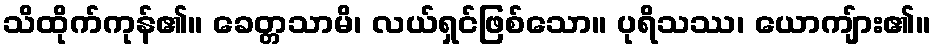
သိထိုက်ကုန်၏။ ခေတ္တသာမိ၊ လယ်ရှင်ဖြစ်သော။ ပုရိသဿ၊ ယောကျ်ား၏။